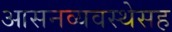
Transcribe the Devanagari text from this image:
आसनव्यवस्थेसह